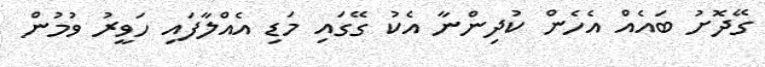
ގޭދޮށު ބައެއް އެހެން ކުދިންނާ އެކު ގޭގައި މަޑި އެއްލާފައި ހަވީރު ވުމުން